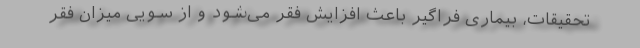
تحقیقات، بیماری فراگیر باعث افزایش فقر می‌شود و از سویی میزان فقر